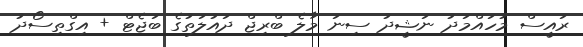
ރައީސް މުހައްމަދު ނަޝީދު ސިނަ މާލެ ބްރިޖް ދައުލަތުގެ ބަޖެޓް + އިގްތިސޯދު